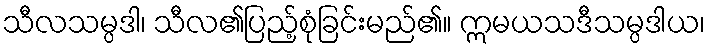
သီလသမ္ပဒါ၊ သီလ၏ပြည့်စုံခြင်းမည်၏။ ဣမယသဒီသမ္ပဒါယ၊